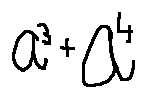
a ^ { 3 } + a ^ { 4 }